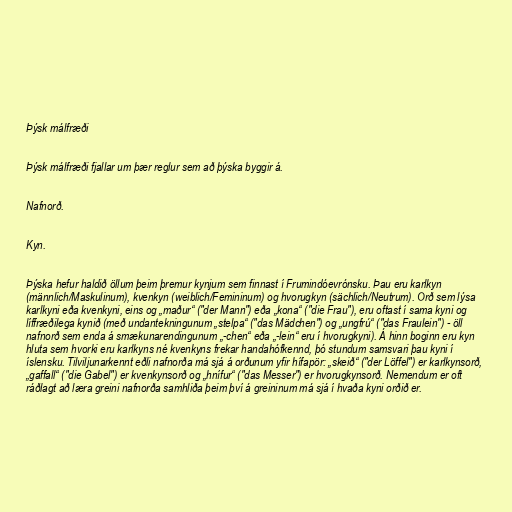
Þýsk málfræði

Þýsk málfræði fjallar um þær reglur sem að þýska byggir á.

Nafnorð.

Kyn.

Þýska hefur haldið öllum þeim þremur kynjum sem finnast í Frumindóevrónsku. Þau eru karlkyn
(männlich/Maskulinum), kvenkyn (weiblich/Femininum) og hvorugkyn (sächlich/Neutrum). Orð sem lýsa
karlkyni eða kvenkyni, eins og „maður“ ("der Mann") eða „kona“ ("die Frau"), eru oftast í sama kyni og
líffræðilega kynið (með undantekningunum „stelpa“ ("das Mädchen") og „ungfrú“ ("das Fraulein") - öll
nafnorð sem enda á smækunarendingunum „-chen“ eða „-lein“ eru í hvorugkyni). Á hinn boginn eru kyn
hluta sem hvorki eru karlkyns né kvenkyns frekar handahófkennd, þó stundum samsvari þau kyni í
íslensku. Tilviljunarkennt eðli nafnorða má sjá á orðunum yfir hífapör: „skeið“ ("der Löffel") er karlkynsorð,
„gaffall“ ("die Gabel") er kvenkynsorð og „hnífur“ ("das Messer") er hvorugkynsorð. Nemendum er oft
ráðlagt að læra greini nafnorða samhliða þeim því á greininum má sjá í hvaða kyni orðið er.